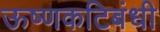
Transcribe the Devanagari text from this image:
ऊष्णकटिबंधी